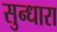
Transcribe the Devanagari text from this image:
सुन्धारा